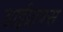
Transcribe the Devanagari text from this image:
डाईग्राफ्स